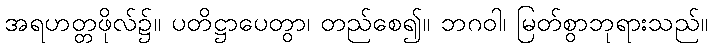
အရဟတ္တဖိုလ်၌။ ပတိဋ္ဌာပေတွာ၊ တည်စေ၍။ ဘဂဝါ၊ မြတ်စွာဘုရားသည်။